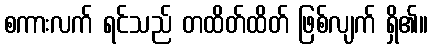
စကားလက် ရင်သည် တထိတ်ထိတ် ဖြစ်လျက် ရှိ၏။